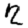
Digit: 2